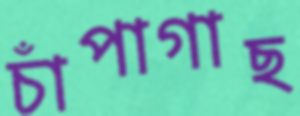
চাঁপাগাছ